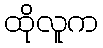
ထိုလူက